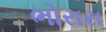
ભોરારા